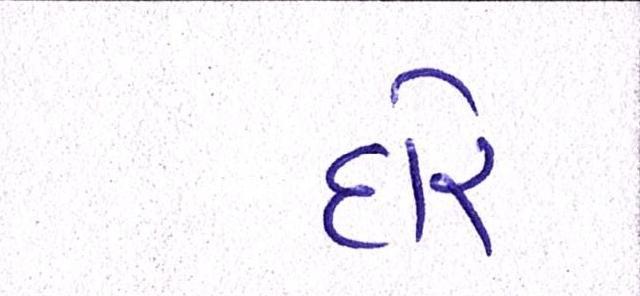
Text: દોર